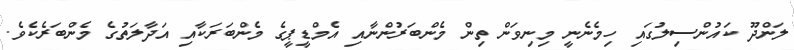
ލަންދޫ ކައުންސިލުގައި ހިމެނެނީ މިނިވަން ތިން މެންބަރުންނާއި އެމްޑީޕީގެ މެންބަރަކާއި އަދާލަތުގެ މެންބަރެކެވެ.